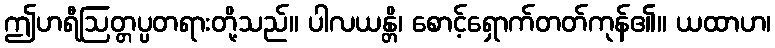
ဤဟရီဩတ္တပ္ပတရားတို့သည်။ ပါလယန္တိ၊ စောင့်ရှောက်တတ်ကုန်၏။ ယထာဟ၊